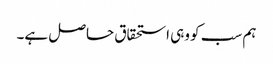
ہم سب کو وہی استحقاق حاصل ہے۔